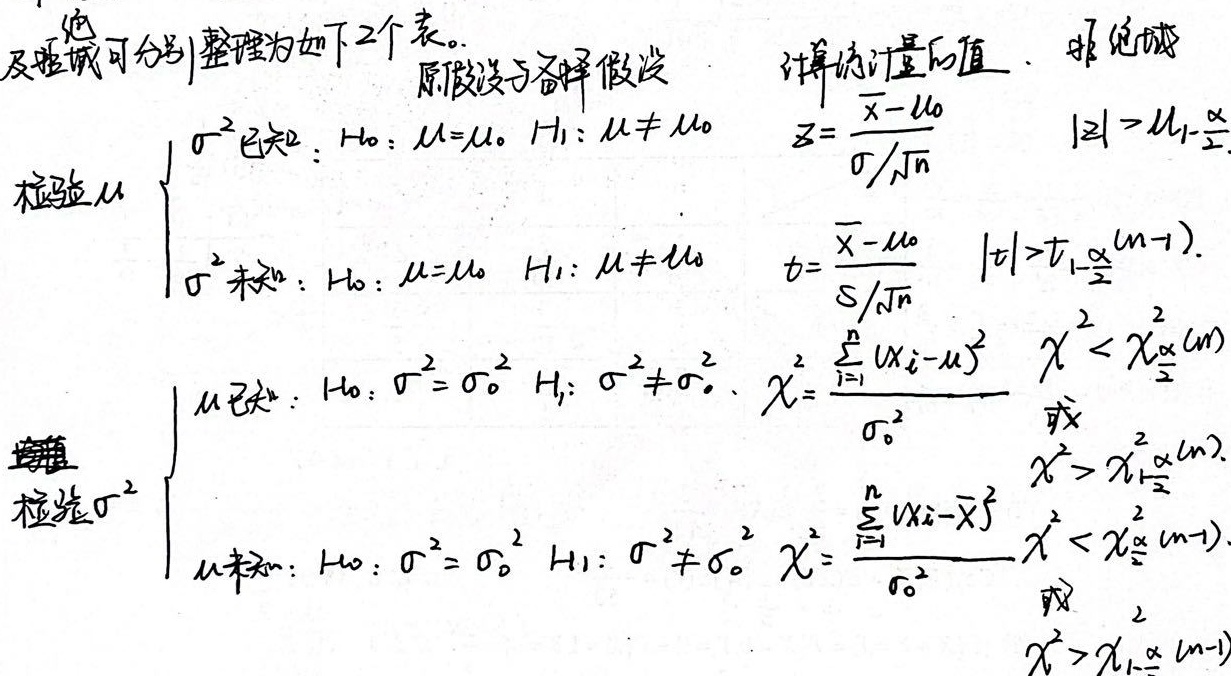
\[\begin{array}{|c|c|c|c|}\hline
& \text{原假设与备择假设} & \text{计算统计量的值} & \text{拒绝域} \\\hline
\multirow{2}{*}{检验\(\mu\)} & \(\sigma^{2}\)已知: \(H_0:\ \mu = \mu_0,\ H_1:\ \mu\neq\mu_0\) & \(Z = \frac{\overline{x}-\mu_0}{\sigma/\sqrt{n}}\) & \(|Z|>u_{1 - \frac{\alpha}{2}}\) \\\cline{2 - 4}
& \(\sigma^{2}\)未知: \(H_0:\ \mu = \mu_0,\ H_1:\ \mu\neq\mu_0\) & \(t = \frac{\overline{x}-\mu_0}{S/\sqrt{n}}\) & \(|t|>t_{1 - \frac{\alpha}{2}}(n - 1)\) \\\hline
\multirow{2}{*}{检验\(\sigma^{2}\)} & \(\mu\)已知: \(H_0:\ \sigma^{2}=\sigma_0^{2},\ H_1:\ \sigma^{2}\neq\sigma_0^{2}\), \(\chi^{2}=\frac{\sum_{i = 1}^{n}(x_i-\mu)^2}{\sigma_0^{2}}\) & \(\chi^{2}<\chi_{\frac{\alpha}{2}}^{2}(n)\text{ 或 } \) &  \\\cline{2 - 4}
& \(\mu\)未知: \(H_0:\ \sigma^{2}=\sigma_0^{2},\ H_1:\ \sigma^{2}\neq\sigma_0^{2}\), \(\chi^{2}=\frac{\sum_{i = 1}^{n}(x_i-\overline{x})^2}{\sigma_0^{2}}\) & \(\chi^{2}<\chi_{\frac{\alpha}{2}}^{2}(n - 1)\text{ 或 } \) & \(\chi^{2}>\chi_{1-\frac{\alpha}{2}}^{2}(n - 1)\) \\\hline
\end{array}\]